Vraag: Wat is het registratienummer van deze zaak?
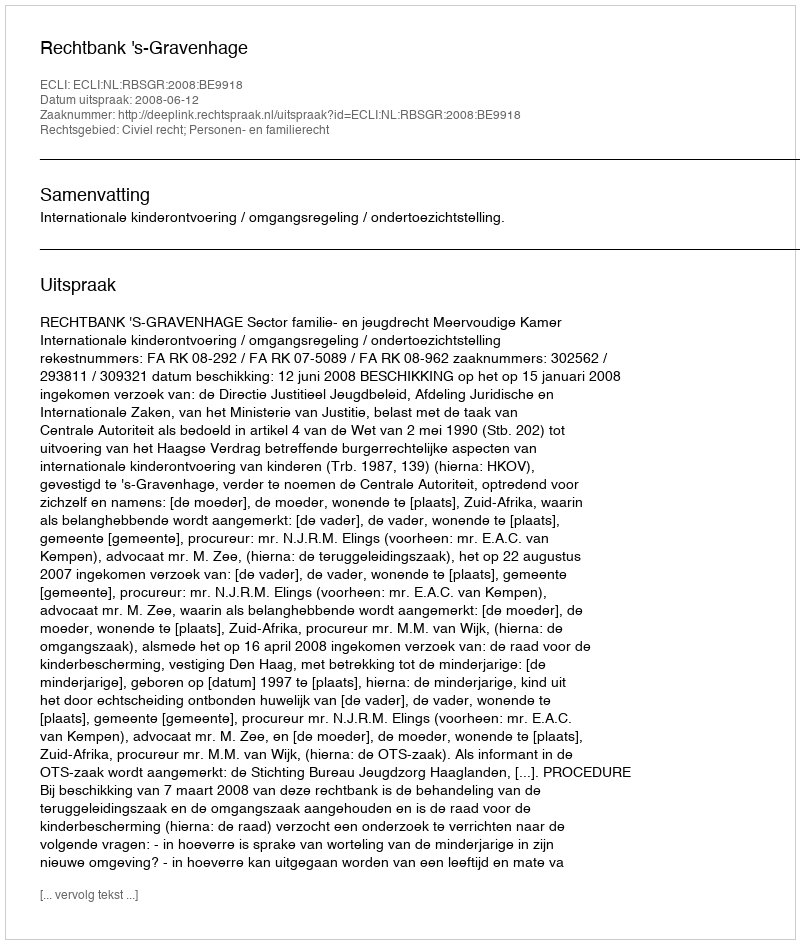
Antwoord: http://deeplink.rechtspraak.nl/uitspraak?id=ECLI:NL:RBSGR:2008:BE9918